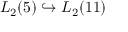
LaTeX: L _ { 2 } ( 5 ) \hookrightarrow L _ { 2 } ( 1 1 )